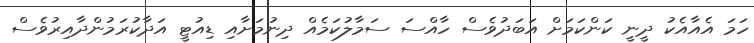
ހަމަ އެއާއެކު ދީނީ ކަންކަމަށް އަބަދުވެސް ހާއްސަ ސަމާލުކަމެއް ދިނުމަށާއި ޑިއުޓީ އަދާކުރަމުންދާއިރުވެސް